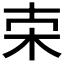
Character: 𣐁